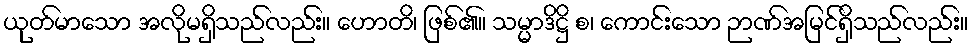
ယုတ်မာသော အလိုမရှိသည်လည်း။ ဟောတိ၊ ဖြစ်၏။ သမ္မာဒိဋ္ဌိ စ၊ ကောင်းသော ဉာဏ်အမြင်ရှိသည်လည်း။